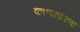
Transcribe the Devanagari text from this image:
काव्यप्रेरणा